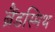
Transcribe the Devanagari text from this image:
ब्रैंडस्मिथ